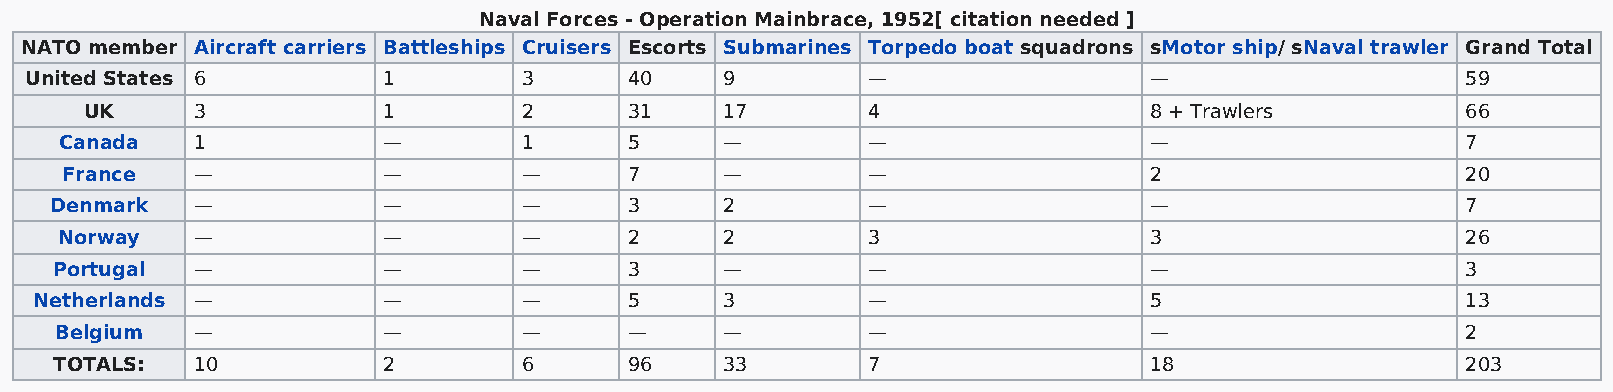
Naval Forces - Operation Mainbrace, 1952[ citation needed ]
 NATO member Aircraft carriers Battleships Cruisers Escorts Submarines Torpedo boat squadrons sMotor ship/ sNaval trawler Grand Total
 United States 6        1         3      40    9        —                  —                    59
 UK     3           1         2      31    17       4                  8 + Trawlers         66
 Canada   1           —         1      5     —        —                  —                    7
 France   —           —         —      7     —        —                  2                    20
 Denmark   —           —         —      3     2        —                  —                    7
 Norway   —           —         —      2     2        3                  3                    26
 Portugal  —           —         —      3     —        —                  —                    3
 Netherlands —          —         —      5     3        —                  5                    13
 Belgium  —           —         —      —     —        —                  —                    2
 TOTALS:  10          2         6      96    33       7                  18                   203